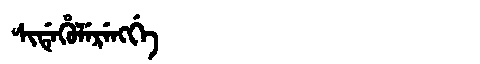
Manchu: ᠰᡳᡩᡝᡥᡠᠯᡝᡵᡝᠩᡤᡝ
Romanization: SIDEHULERENGGE